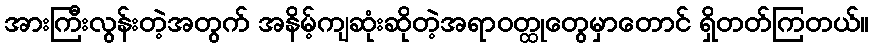
အားကြီးလွန်းတဲ့အတွက် အနိမ့်ကျဆုံးဆိုတဲ့အရာဝတ္ထုတွေမှာတောင် ရှိတတ်ကြတယ်။